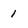
Character: 1